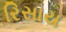
રિસાય